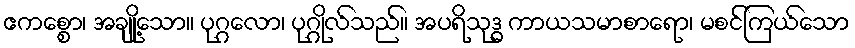
ဧကစ္စော၊ အချို့သော။ ပုဂ္ဂလော၊ ပုဂ္ဂိုလ်သည်။ အပရိသုဒ္ဓ ကာယသမာစာရော၊ မစင်ကြယ်သော